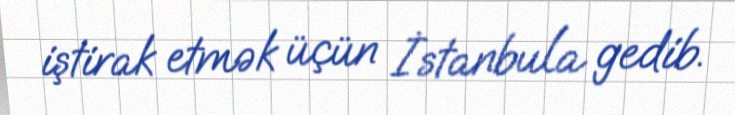
iştirak etmək üçün İstanbula gedib.